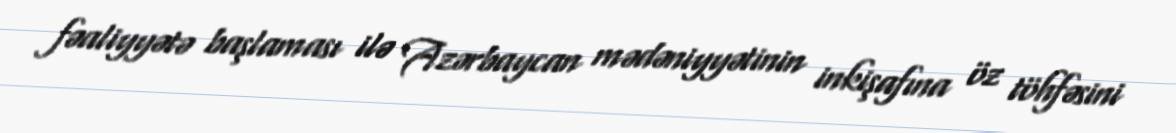
fəaliyyətə başlaması ilə Azərbaycan mədəniyyətinin inkişafına öz töhfəsini